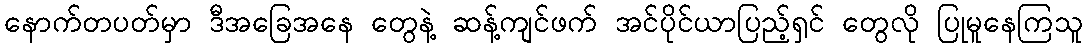
နောက်တပတ်မှာ ဒီအခြေအနေ တွေနဲ့ ဆန့်ကျင်ဖက် အင်ပိုင်ယာပြည့်ရှင် တွေလို ပြုမူနေကြသူ